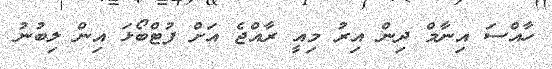
ހާއްސަ އިނާމް ދިން އިރު މިއީ ރާއްޖެ އަށް ފުޓްބޯޅަ އިން ލިބުނު